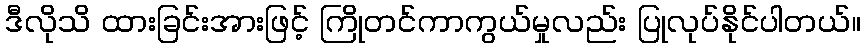
ဒီလိုသိ ထားခြင်းအားဖြင့် ကြိုတင်ကာကွယ်မှုလည်း ပြုလုပ်နိုင်ပါတယ်။